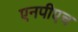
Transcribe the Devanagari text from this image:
एनपीएच